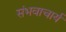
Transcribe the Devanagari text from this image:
संभवाचार्य